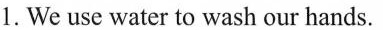
1.We use water to wash our hands.